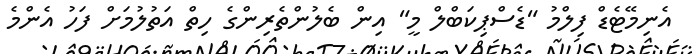
އެނިމޭޓެޑް ފިލްމު "ޑެސްޕިކަބްލް މީ" އިން ބެލުންތެރިންގެ ހިތް އަތުލުމަށް ފަހު އެންމެ